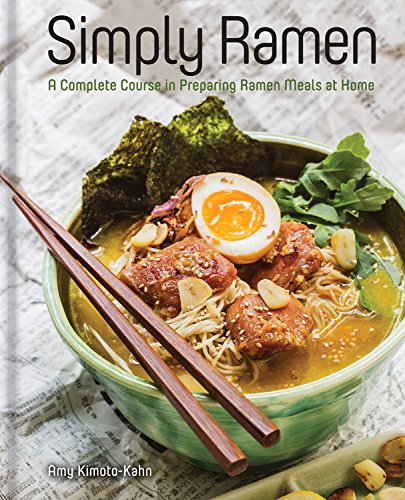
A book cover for Simply Ramen: Tempting Dishes and Make-Ahead Meals for the Noodle-Lover; Amy Kimoto-Kahn; Cookbooks, Food & Wine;